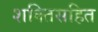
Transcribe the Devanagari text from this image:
शक्तिसहित